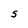
Character: S